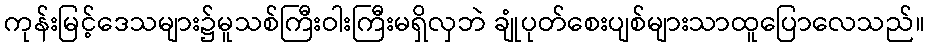
ကုန်းမြင့်ဒေသများ၌မူသစ်ကြီးဝါးကြီးမရှိလှဘဲ ချုံပုတ်စေးပျစ်များသာထူပြောလေသည်။